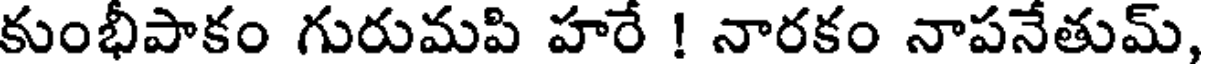
కుంభీపాకం గురుమపి హరే ! నారకం నాపనేతుమ్,